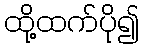
ထို့ထက်ပို၍